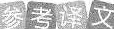
参考译文